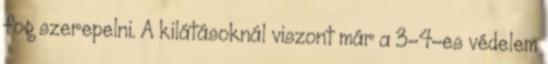
fog szerepelni. A kilátásoknál viszont már a 3-4-es védelem